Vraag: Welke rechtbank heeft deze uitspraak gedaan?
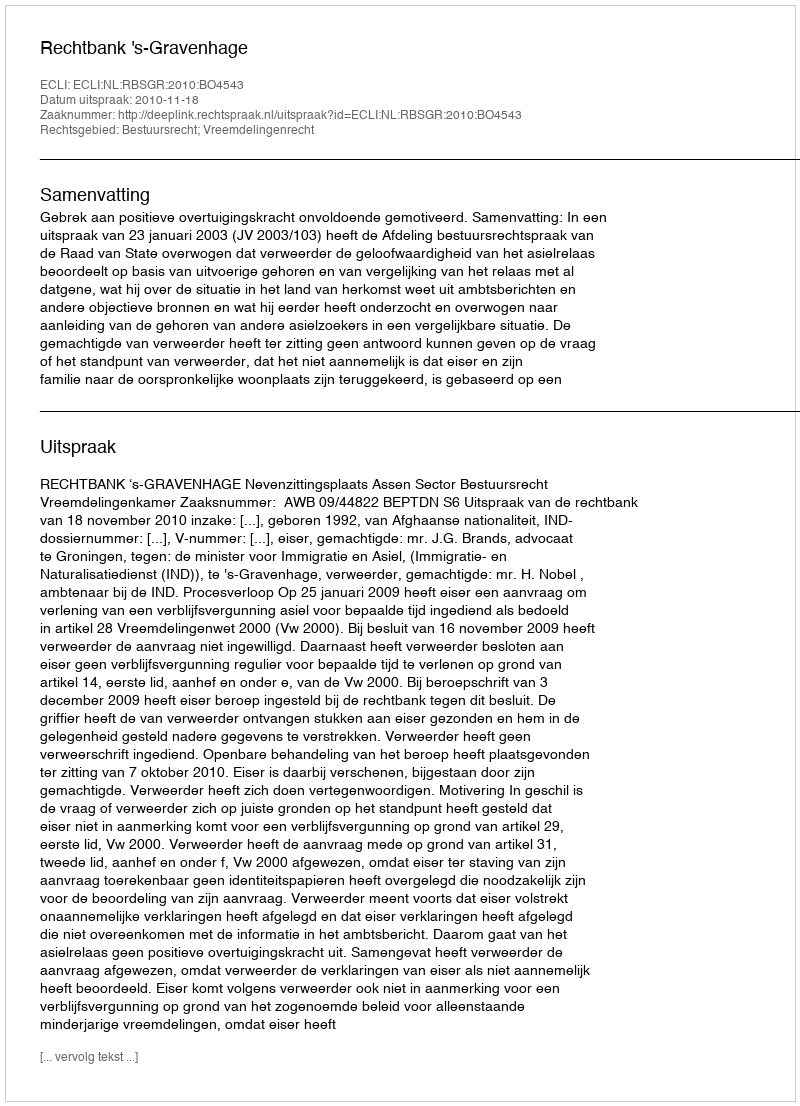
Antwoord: Rechtbank 's-Gravenhage